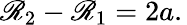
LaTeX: \mathscr{R}_{2}-\mathscr{R}_{1}=2a.\,